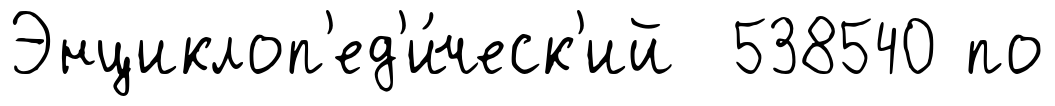
Энциклоп'ед'и́ческ'ий 538540 по